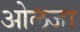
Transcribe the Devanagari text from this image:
ओलजा